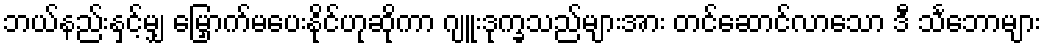
ဘယ်နည်းနှင့်မျှ မြှောက်မပေးနိုင်ဟုဆိုကာ ဂျူးဒုက္ခသည်များအား တင်ဆောင်လာသော ဒီ သင်္ဘောများ